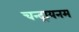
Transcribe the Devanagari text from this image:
चन्द्रायनम